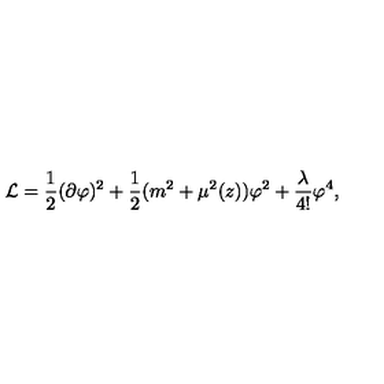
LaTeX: { \cal L } = \frac { 1 } { 2 } ( \partial \varphi ) ^ { 2 } + \frac { 1 } { 2 } ( m ^ { 2 } + \mu ^ { 2 } ( z ) ) \varphi ^ { 2 } + \frac { \lambda } { 4 ! } \varphi ^ { 4 } ,